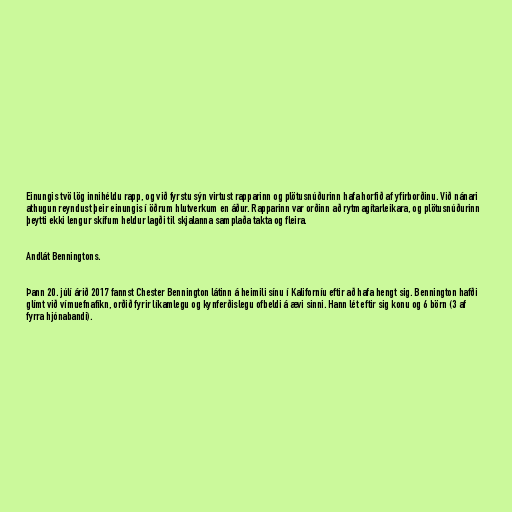
Einungis tvö lög innihéldu rapp, og við fyrstu sýn virtust rapparinn og plötusnúðurinn hafa horfið af yfirborðinu. Við nánari
athugun reyndust þeir einungis í öðrum hlutverkum en áður. Rapparinn var orðinn að rytmagítarleikara, og plötusnúðurinn
þeytti ekki lengur skífum heldur lagði til skjalanna samplaða takta og fleira.

Andlát Benningtons.

Þann 20. júlí árið 2017 fannst Chester Bennington látinn á heimili sínu í Kaliforníu eftir að hafa hengt sig. Bennington hafði
glímt við vímuefnafíkn, orðið fyrir líkamlegu og kynferðislegu ofbeldi á ævi sinni. Hann lét eftir sig konu og 6 börn (3 af
fyrra hjónabandi).